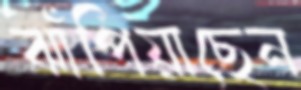
ঝাঁপিয়াছেন